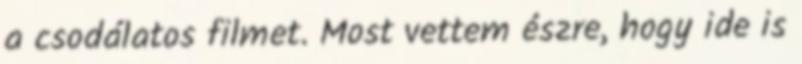
a csodálatos filmet. Most vettem észre, hogy ide is